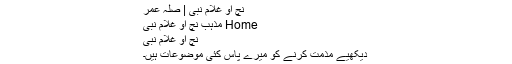
نچ او غلام نبی | صلہ عمر
Home مذہب نچ او غلام نبی
نچ او غلام نبی
دیکھیے مذمت کرنے کو میرے پاس کئی موضوعات ہیں۔